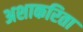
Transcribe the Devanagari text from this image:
अशाकरिता